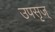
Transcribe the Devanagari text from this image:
उपसृज्